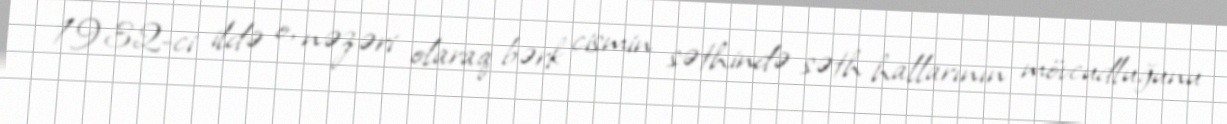
1932-ci ildə o, nəzəri olaraq bərk cismin səthində səth hallarının mövcudluğunu